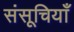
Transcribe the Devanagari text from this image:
संसूचियाँ